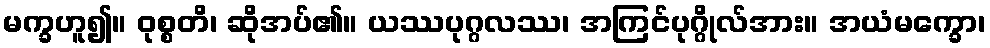
မက္ခဟူ၍။ ဝုစ္စတိ၊ ဆိုအပ်၏။ ယဿပုဂ္ဂလဿ၊ အကြင်ပုဂ္ဂိုလ်အား။ အယံမက္ခော၊